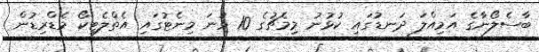
ބާސެލޯނާގެ އަމިއްލަ ދަނޑުގައި ކުޅުނު މިމެޗުގެ 10 ވަނަ މިނެޓުގައި އެތްލެޓިކޯ މެޑްރިޑުން